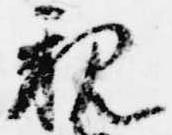
親